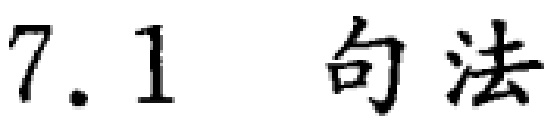
7.1  句法